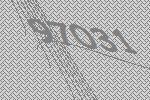
97031